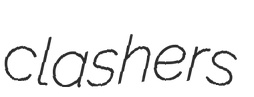
clashers